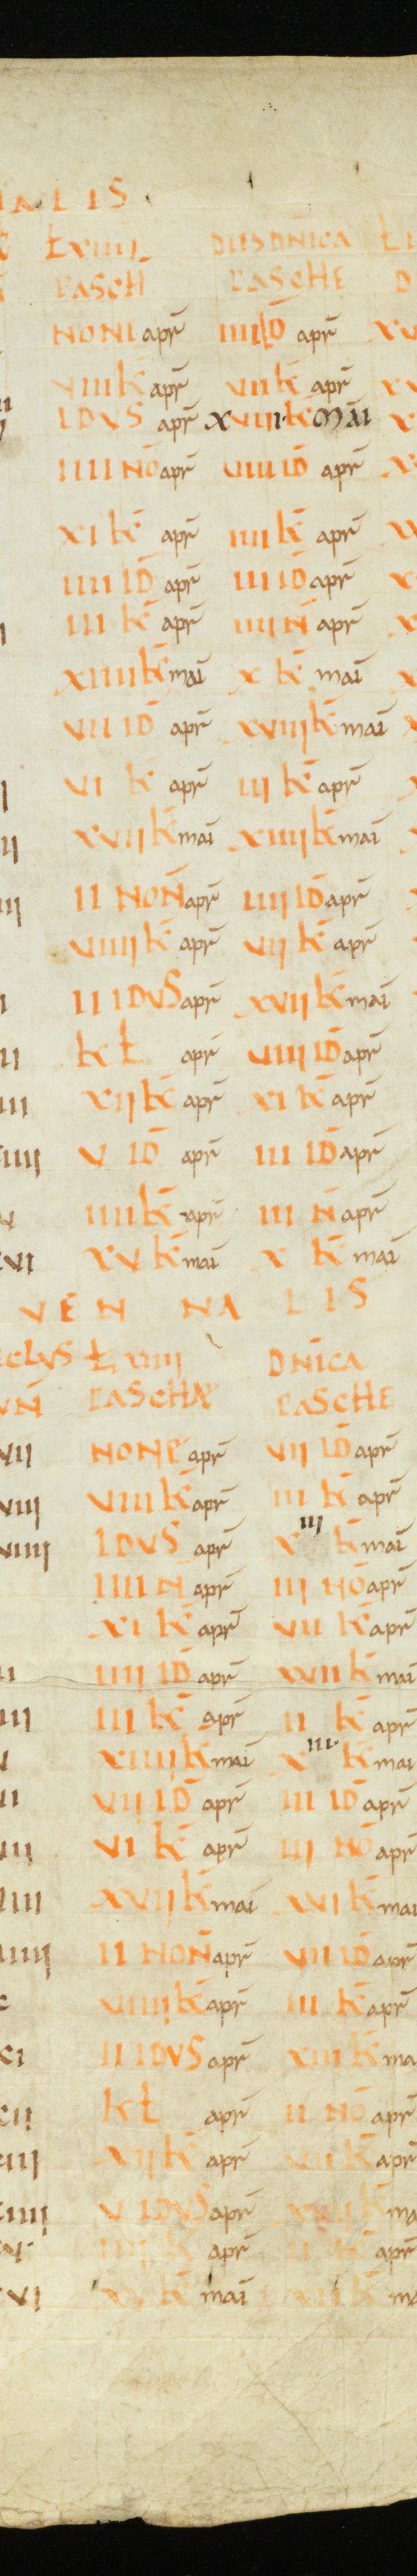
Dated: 1000–1049